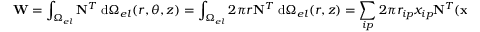
\mathbf { W } = \int _ { \Omega _ { e l } } \mathbf { N } ^ { T } \; \mathrm { d } \Omega _ { e l } ( r , \theta , z ) = \int _ { \Omega _ { e l } } 2 \pi r \mathbf { N } ^ { T } \; \mathrm { d } \Omega _ { e l } ( r , z ) = \sum _ { i p } 2 \pi r _ { i p } x _ { i p } \mathbf { N } ^ { T } ( \mathbf { x } _ { i p } )